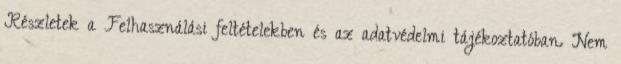
Részletek a Felhasználási feltételekben és az adatvédelmi tájékoztatóban. Nem